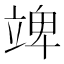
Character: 䇑